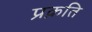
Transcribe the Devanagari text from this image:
प्रक़ति